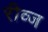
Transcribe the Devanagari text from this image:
रीव्ज